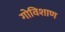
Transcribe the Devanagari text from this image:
गोविशाण